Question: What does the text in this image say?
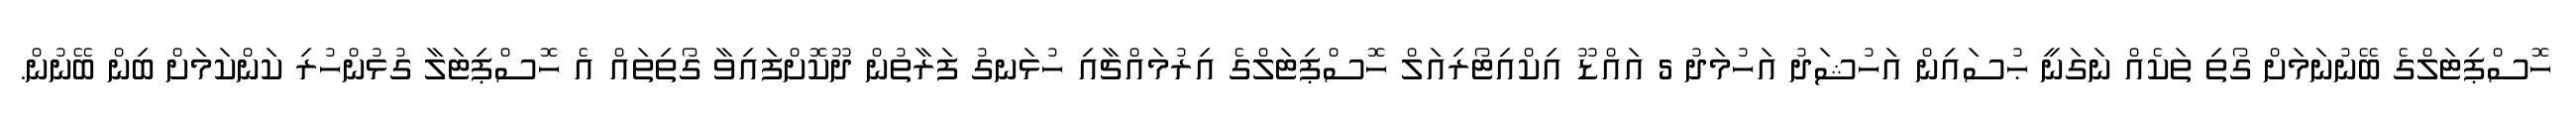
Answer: ހޮސްޕިޓަލްގެ ބޭނުނަމަށް ގޯތި ތަކެއް ނަގަނީ ޙުސައިން އަހުޝަދު އަހުމަދު 5 އައްޑޫ އިކްއިޓޯރިއަލް ހޮސްޕިޓަލްގެ އިރުމައްޗާއި ހުޅަނގު ފަރާތުން ދޫކޮށްފައިވާ ގޯތިތައް އެ ހޮސްޕިޓަލާ ގުޅުންހުރި ކަންކަމަށް ބިން ބޭނުން.